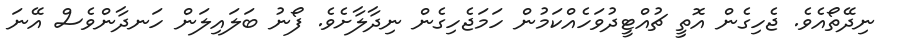
ނިދޭތޯއެވެ. ޖެހިގެން އޮތީ ޗުއްޓީދުވަހެއްކަމުން ހަމަޖެހިގެން ނިދާލާށެވެ. ފޯނު ބަލައިލަން ހަނދާންވެސް އޭނަ